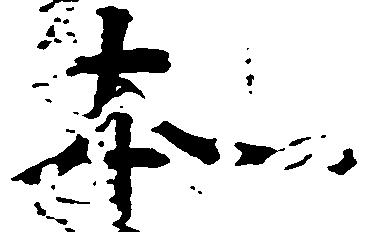
本